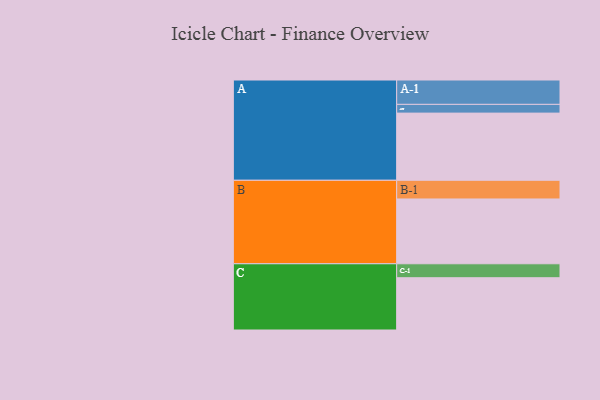
{"axis": {"x": "Segment", "y": "Value"}, "legend": ["", "A", "B", "C"], "data": [{"x": "A", "y": 568, "type": ""}, {"x": "B", "y": 548, "type": ""}, {"x": "C", "y": 442, "type": ""}, {"x": "A-1", "y": 206, "type": "A"}, {"x": "A-2", "y": 74, "type": "A"}, {"x": "B-1", "y": 158, "type": "B"}, {"x": "C-1", "y": 118, "type": "C"}]}